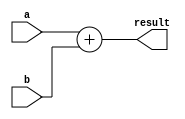
module quad_precision_adder (
    input [127:0] a,
    input [127:0] b,
    output reg [127:0] result
);

always @* begin
    result = a + b;
end

endmodule